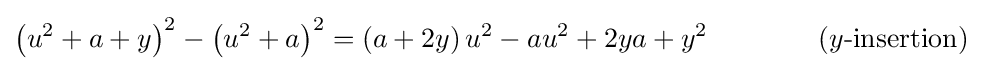
\left(u^{2}+a+y\right)^{2}-\left(u^{2}+a\right)^{2}=\left(a+2y\right)u^{2}-au^{2}+2ya+y^{2}\qquad \qquad (y{\hbox{-insertion}})